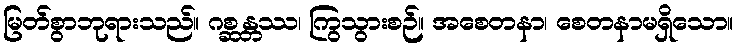
မြတ်စွာဘုရားသည်။ ဂစ္ဆန္တဿ၊ ကြွသွားစဉ်။ အစေတနာ၊ စေတနာမရှိသော။